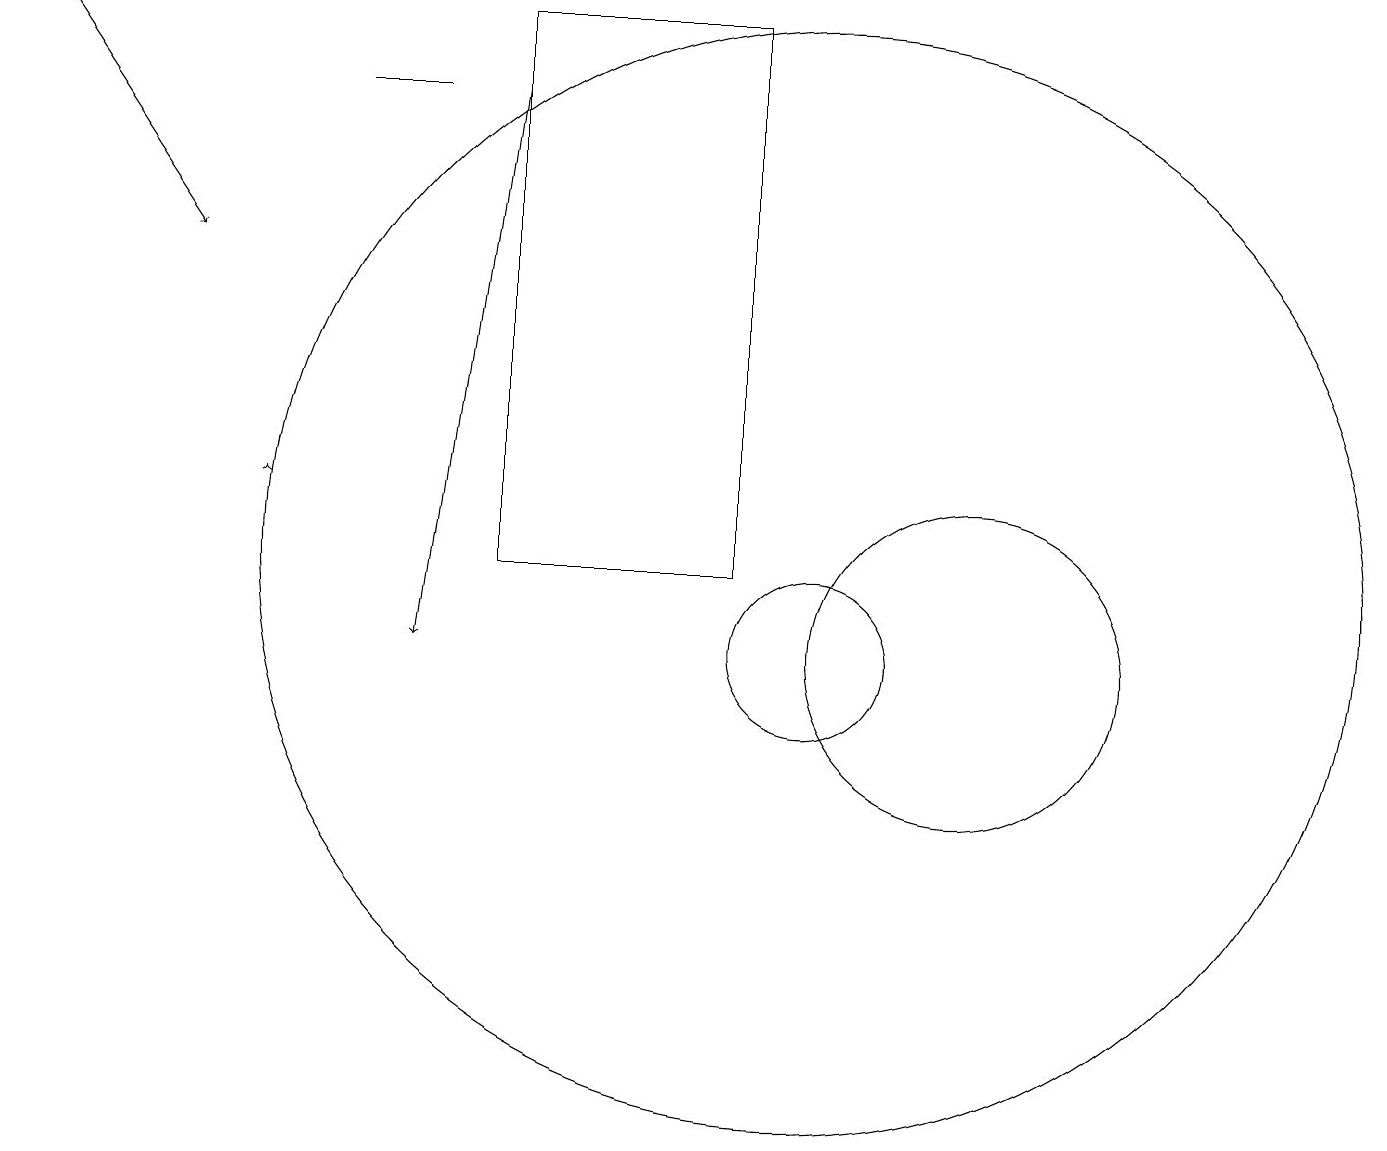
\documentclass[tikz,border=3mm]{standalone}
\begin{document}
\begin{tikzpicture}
\draw[->] (3,12) -- (3,12);
\draw (5,17) rectangle (4,17);
\draw (12,10) circle (2);
\draw (10,10) circle (1);
\draw[->] (6,17) -- (5,10);
\draw (10,11) circle (7);
\draw (6,11) rectangle (9,18);
\draw[->] (0,18) -- (2,15);
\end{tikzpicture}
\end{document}